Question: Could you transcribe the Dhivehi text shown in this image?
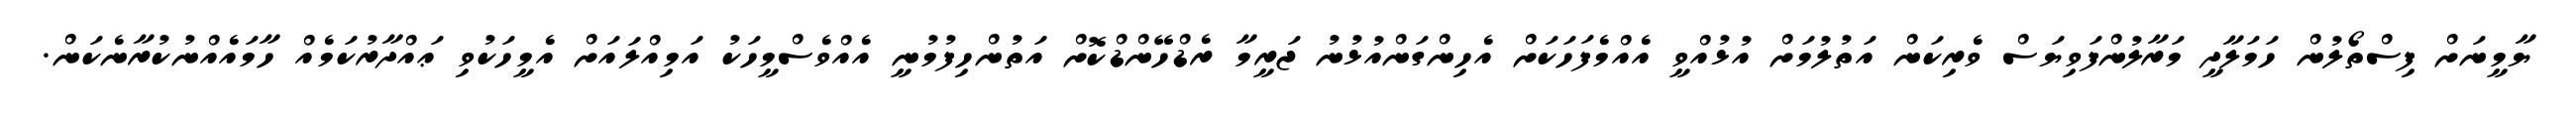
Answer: ޔާމީނަށް ފިސްތޯލުން ހަމަލާދީ މަރާލުންފަވިޔަސް ވެރިކަން އަތުލުމަށް އުޅުއްވީ އެއްމެފަހަކަށް އެހިންގަންއުޅުނު ޖަރީމާ ރެޑްހޭންޑްކޮށް އަތުންހިފުމުނީ އެއްވެސްމީހަކު އަމިއްލައަށް އެމީހަކުވި ޢައްދާރުކަމެއް ހާމައެއްނުކުރާނެކަން.